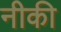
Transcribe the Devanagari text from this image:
नीकी